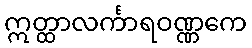
ဣတ္ထာလင်္ကာရဝဏ္ဏကေ